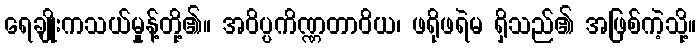
ရေချိုးကသယ်မှုန့်တို့၏။ အဝိပ္ပကိဏ္ဏတာဝိယ၊ ဖရိုဖရဲမ ရှိသည်၏ အဖြစ်ကဲ့သို့။